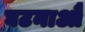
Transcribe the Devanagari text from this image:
घटनाऔं